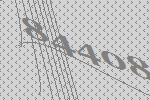
84408